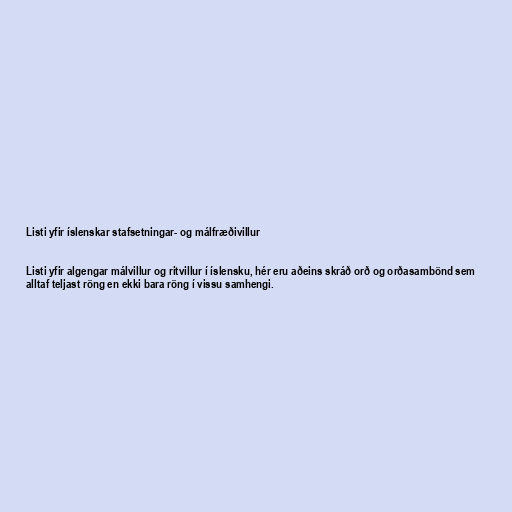
Listi yfir íslenskar stafsetningar- og málfræðivillur

Listi yfir algengar málvillur og ritvillur í íslensku, hér eru aðeins skráð orð og orðasambönd sem
alltaf teljast röng en ekki bara röng í vissu samhengi.